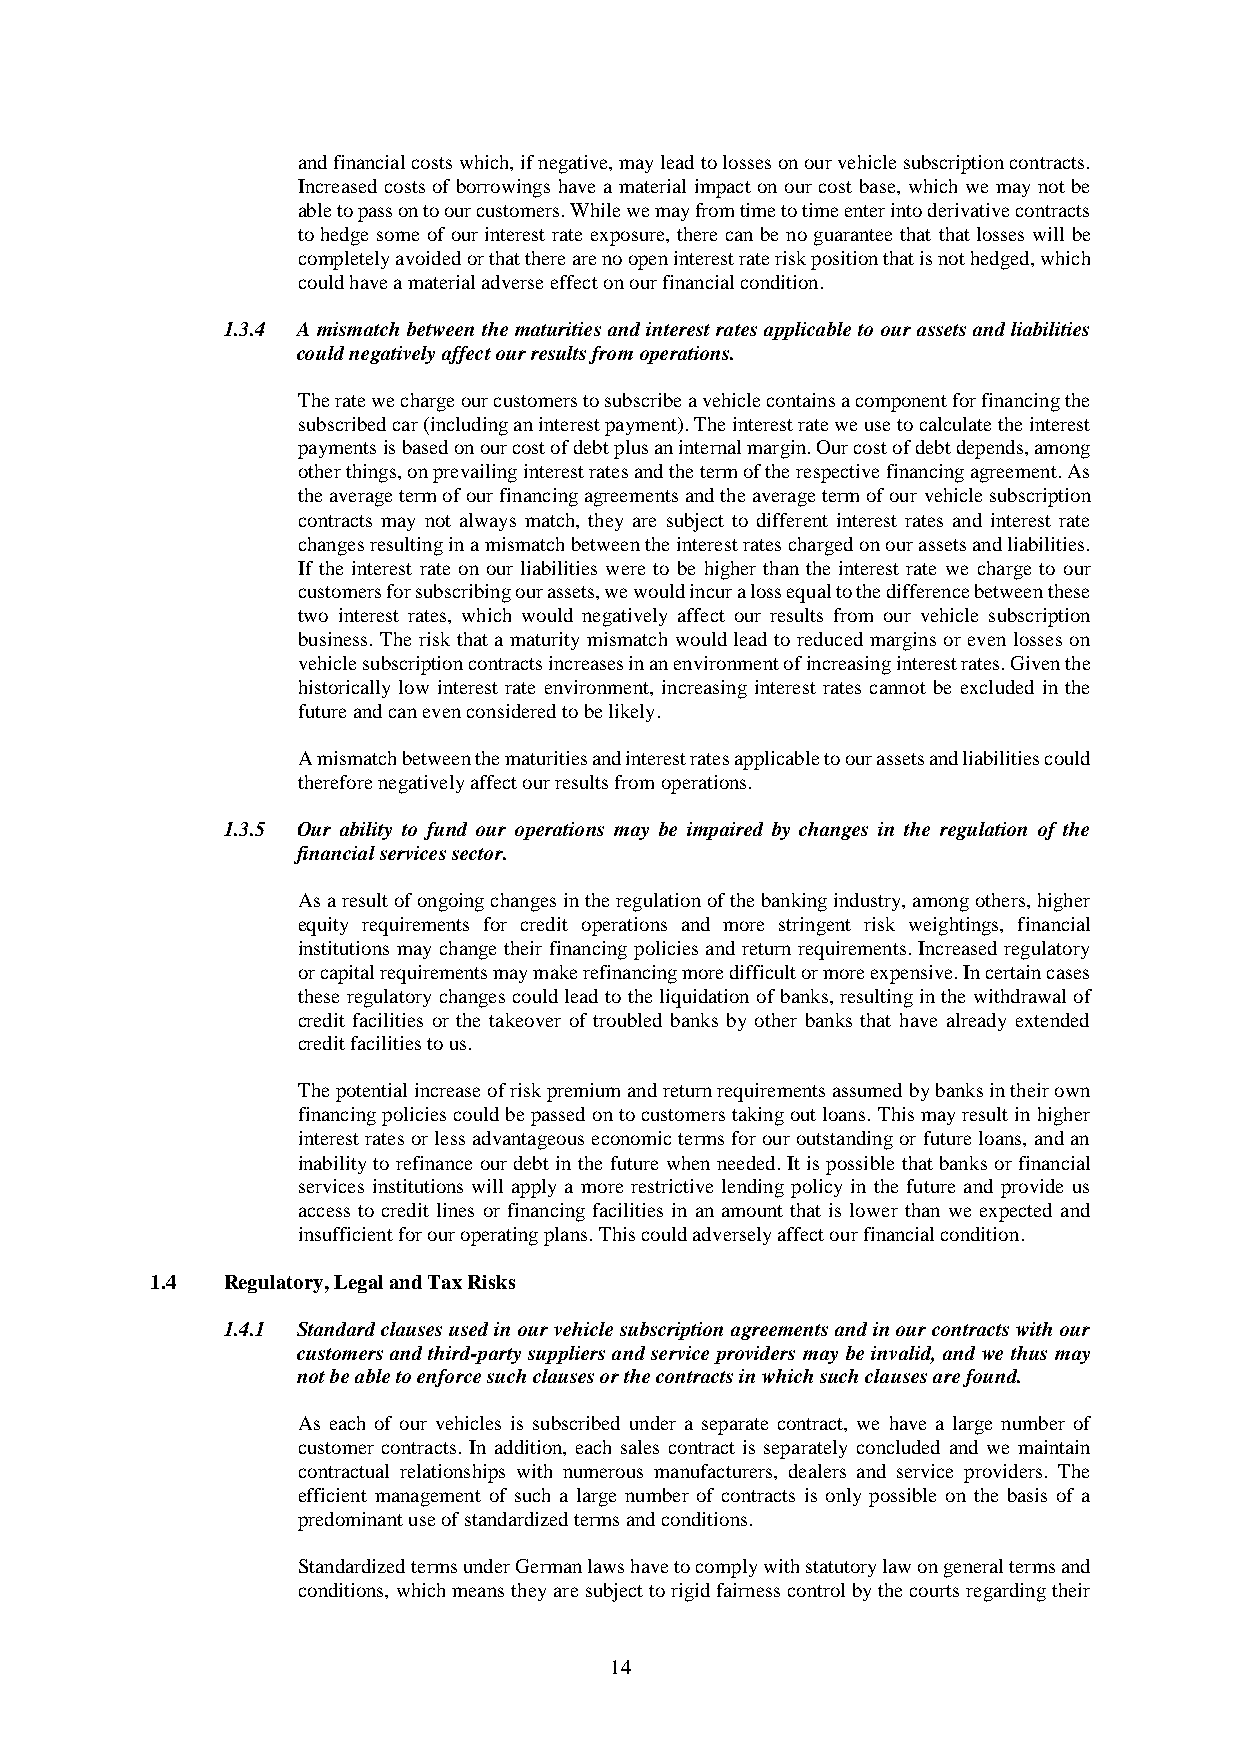
and financial costs which, if negative, may lead to losses on our vehicle subscription contracts.
 Increased costs of borrowings have a material impact on our cost base, which we may not be
 able to pass on to our customers. While we may from time to time enter into derivative contracts
 to hedge some of our interest rate exposure, there can be no guarantee that that losses will be
 completely avoided or that there are no open interest rate risk position that is not hedged, which
 could have a material adverse effect on our financial condition.
 1.3.4 A mismatch between the maturities and interest rates applicable to our assets and liabilities
 could negatively affect our results from operations.
 The rate we charge our customers to subscribe a vehicle contains a component for financing the
 subscribed car (including an interest payment). The interest rate we use to calculate the interest
 payments is based on our cost of debt plus an internal margin. Our cost of debt depends, among
 other things, on prevailing interest rates and the term of the respective financing agreement. As
 the average term of our financing agreements and the average term of our vehicle subscription
 contracts may not always match, they are subject to different interest rates and interest rate
 changes resulting in a mismatch between the interest rates charged on our assets and liabilities.
 If the interest rate on our liabilities were to be higher than the interest rate we charge to our
 customers for subscribing our assets, we would incur a loss equal to the difference between these
 two interest rates, which would negatively affect our results from our vehicle subscription
 business. The risk that a maturity mismatch would lead to reduced margins or even losses on
 vehicle subscription contracts increases in an environment of increasing interest rates. Given the
 historically low interest rate environment, increasing interest rates cannot be excluded in the
 future and can even considered to be likely.
 A mismatch between the maturities and interest rates applicable to our assets and liabilities could
 therefore negatively affect our results from operations.
 1.3.5 Our ability to fund our operations may be impaired by changes in the regulation of the
 financial services sector.
 As a result of ongoing changes in the regulation of the banking industry, among others, higher
 equity requirements for credit operations and more stringent risk weightings, financial
 institutions may change their financing policies and return requirements. Increased regulatory
 or capital requirements may make refinancing more difficult or more expensive. In certain cases
 these regulatory changes could lead to the liquidation of banks, resulting in the withdrawal of
 credit facilities or the takeover of troubled banks by other banks that have already extended
 credit facilities to us.
 The potential increase of risk premium and return requirements assumed by banks in their own
 financing policies could be passed on to customers taking out loans. This may result in higher
 interest rates or less advantageous economic terms for our outstanding or future loans, and an
 inability to refinance our debt in the future when needed. It is possible that banks or financial
 services institutions will apply a more restrictive lending policy in the future and provide us
 access to credit lines or financing facilities in an amount that is lower than we expected and
 insufficient for our operating plans. This could adversely affect our financial condition.
 1.4  Regulatory, Legal and Tax Risks
 1.4.1 Standard clauses used in our vehicle subscription agreements and in our contracts with our
 customers and third-party suppliers and service providers may be invalid, and we thus may
 not be able to enforce such clauses or the contracts in which such clauses are found.
 As each of our vehicles is subscribed under a separate contract, we have a large number of
 customer contracts. In addition, each sales contract is separately concluded and we maintain
 contractual relationships with numerous manufacturers, dealers and service providers. The
 efficient management of such a large number of contracts is only possible on the basis of a
 predominant use of standardized terms and conditions.
 Standardized terms under German laws have to comply with statutory law on general terms and
 conditions, which means they are subject to rigid fairness control by the courts regarding their
 14